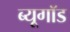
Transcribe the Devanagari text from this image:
ब्यूगॉड